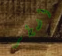
أضطر